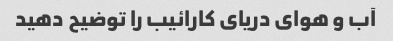
آب و هوای دریای کارائیب را توضیح دهید